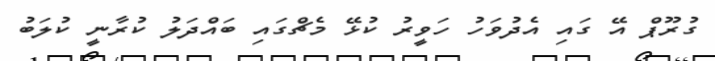
ގުރޫޕް އޭ ގައި އެދުވަހު ހަވީރު ކުޅޭ މެޗްގައި ބައްދަލު ކުރާނީ ކުލަބު